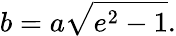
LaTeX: b=a{\sqrt{e^{2}-1}}.